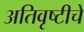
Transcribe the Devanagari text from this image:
अतिवृष्टीचे